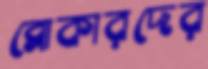
ব্রোকারদের